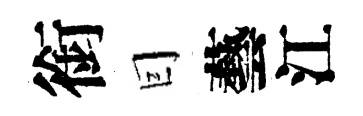
銜囙藝江